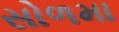
સોળમા